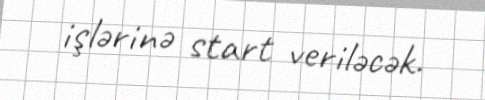
işlərinə start veriləcək.